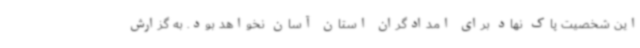
این شخصیت پاک نهاد برای امدادگران استان آسان نخواهد بود. به گزارش